Annual administration and progress report of the Indian Medical Department, Bombay
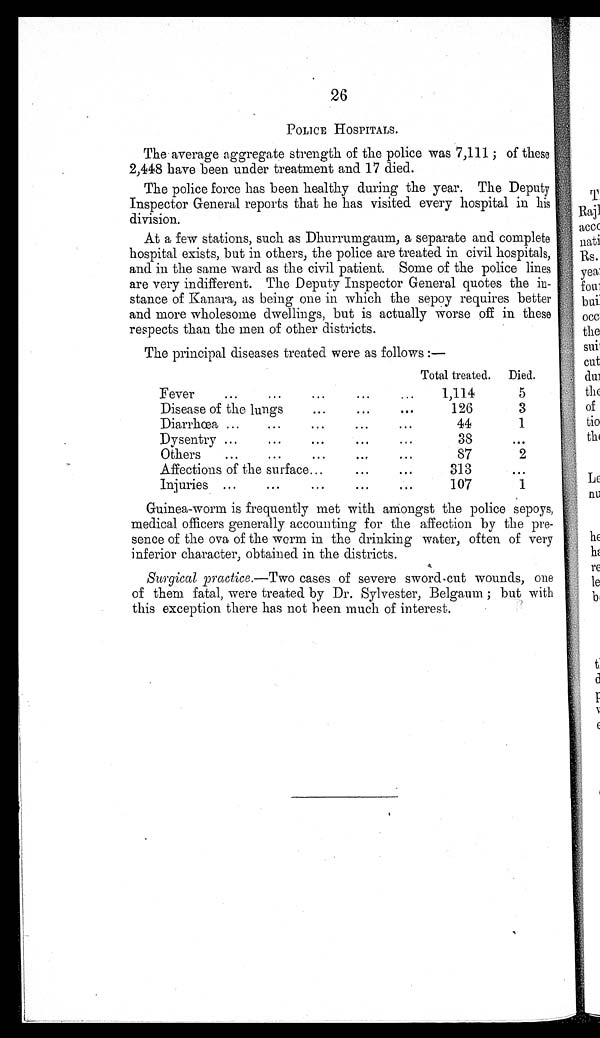
26
POLICE HOSPITALS.
The average aggregate strength of the police was 7,111 ; of these
2,448 have been under treatment and 17 died.
The police force has been healthy during the year. The Deputy
Inspector General reports that he has visited every hospital in his
division.
At a few stations, such as Dhurrumgaum, a separate and complete
hospital exists, but in others, the police are treated in civil hospitals,
and in the same ward as the civil patient. Some of the police lines
are very indifferent. The Deputy Inspector General quotes the in-
stance of Kanara, as being one in which the sepoy requires better
and more wholesome dwellings, but is actually worse off in these
respects than the men of other districts.
The principal diseases treated were as follows :—
Total treated.
Died.
Fever
...
...
...
. . .
...
1,114
5
Disease of the lungs
...
...
. . .
126
3
Diarrhœa . . .
...
...
...
. . .
44
1
Dysentry ...
...
...
...
...
38
. . .
Others
...
...
...
. . .
...
87
2
Affections of the surface ...
...
...
313
...
Injuries ...
...
...
...
...
107
1
Guinea-worm is frequently met with amongst the police sepoys,
medical officers generally accounting for the affection by the pre-
sence of the ova of the worm in the drinking water, often of very
inferior character, obtained in the districts.
Surgical practice .—Two cases of severe sword-cut wounds, one
of them fatal, were treated by Dr. Sylvester, Belgaum ; but with
this exception there has not been much of interest.